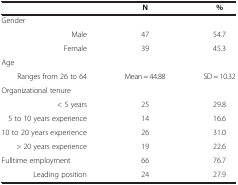
|  | N | % |
 | --- | --- | --- |
 | Gender |  |  |
 | Male | 47 | 54.7 |
 | Female | 39 | 45.3 |
 | Age |  |  |
 | Ranges from 26 to 64 | Mean = 44.88 | SD = 10.32 |
 | Organizational tenure |  |  |
 | < 5 years | 25 | 29.8 |
 | 5 to 10 years experience | 14 | 16.6 |
 | 10 to 20 years experience | 26 | 31.0 |
 | > 20 years experience | 19 | 22.6 |
 | Fulltime employment | 66 | 76.7 |
 | Leading position | 24 | 27.9 |